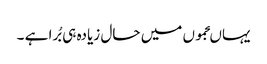
یہاںجموں میں حال زیادہ ہی بُرا ہے ۔